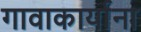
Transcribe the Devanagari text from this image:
गावाकार्याना